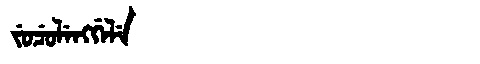
Manchu: ᠵᡠᠴᡠᠯᡝᠩᡤᡝᠯᡝ
Romanization: JUCULENGGELE